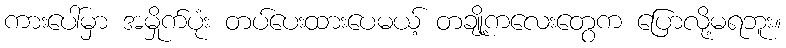
ကားပေါ်မှာ အမှိုက်ပုံး တပ်ပေးထားပေမယ့် တချို့ကလေးတွေက ပြောလို့မရဘူး။